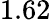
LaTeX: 1.62